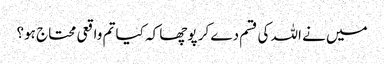
میں نے اللہ کی قسم دے کر پوچھا کہ کیا تم واقعی محتاج ہو؟